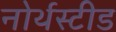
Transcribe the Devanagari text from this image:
नोर्थस्टीड